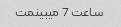
ساعت 7 میبینمت